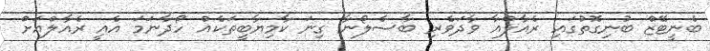
ބެނީޓޭޒް ބުނިގޮތުގައި ރެއާލްއާ ވާދަވެރި ބާސެލޯނާ ގިނަ ކާމިޔާބީތަކެއް ހޯދާނަމަ އެއީ ރެއާލްއަށް